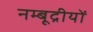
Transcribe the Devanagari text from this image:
नम्बूद्रीयों